Scottish Certificate of Education, 1962
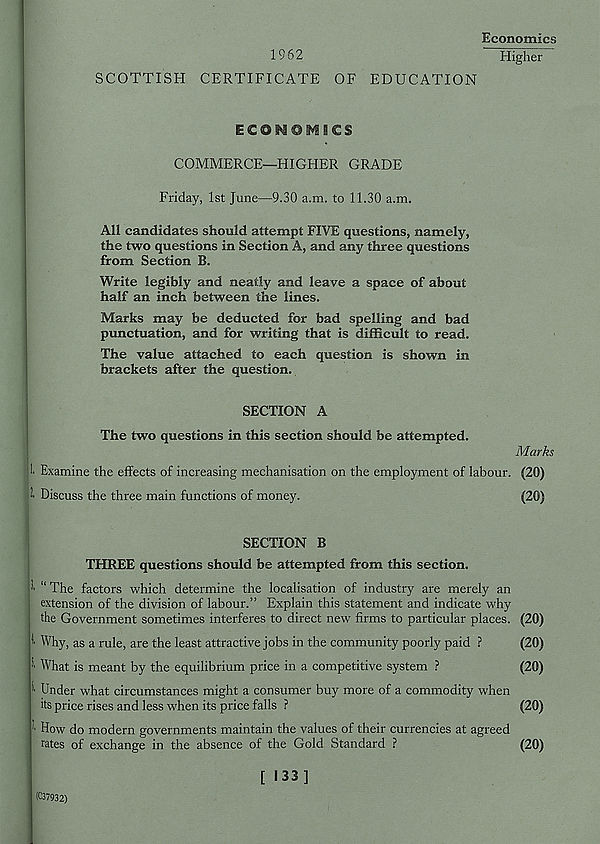
Economics
1962
Higher
SCOTTISH CERTIFICATE OF EDUCATION
COMMERCE—HIGHER GRADE
Friday, 1st June—9.30 a.m. to 11.30 a.m.
All candidates should attempt FIVE questions, namely,
the two questions in Section A, and any three questions
from Section B.
Write legibly and neatly and leave a space of about
half an inch between the lines.
Marks may be deducted for bad spelling and bad
punctuation, and for writing that is difficult to read.
The value attached to each question is shown in
brackets after the question.
SECTION A
The two questions in this section should be attempted.
1 Examine the effects of increasing mechanisation on the employment of labour
1 Discuss the three main functions of money.
Marks
■ (20)
(20)
SECTION B
THREE questions should be attempted from this section.
1 “ The factors which determine the localisation of industry are merely an
extension of the division of labour.” Explain this statement and indicate why
the Government sometimes interferes to direct new firms to particular places. (20)
1 Why, as a rule, are the least attractive jobs in the community poorly paid ?
(20)
What is meant by the equilibrium price in a competitive system ?
(20)
' ■ Under what circumstances might a consumer buy more of a commodity when
its price rises and less when its price falls ?
(20)
' ■ How do modern governments maintain the values of their currencies at agreed
rates of exchange in the absence of the Gold Standard ?
(20)
(C37932)
[ 133]